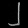
Digit: ၂